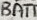
Text: BATT